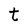
Character: t